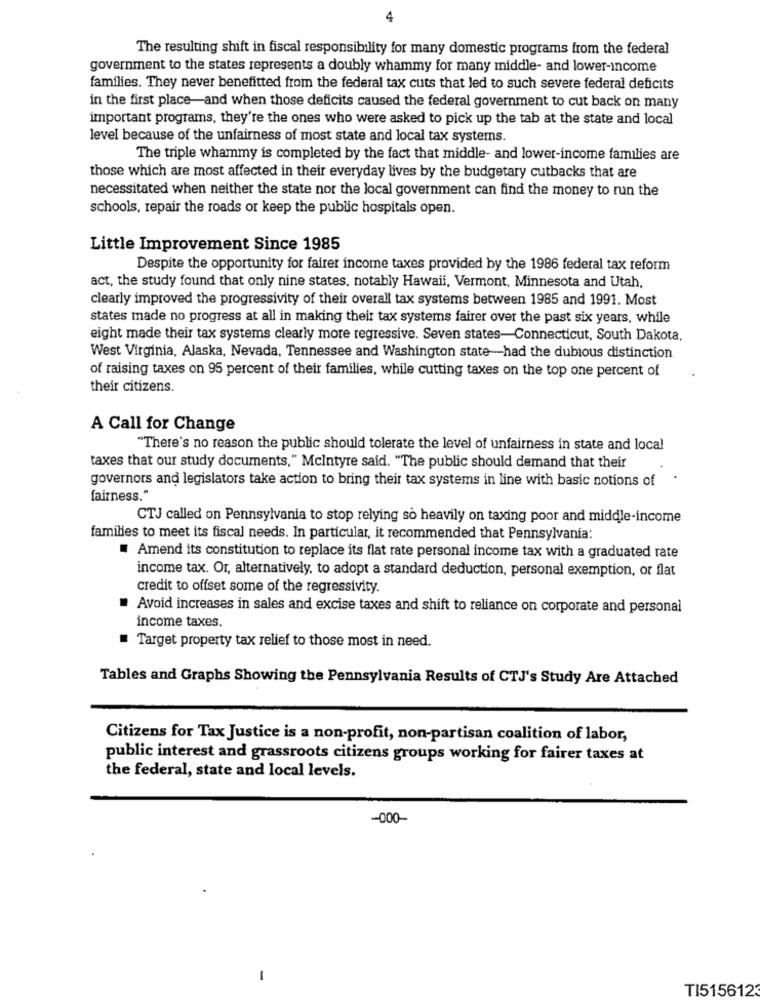
4
The resulting shift in fiscal responsibility for many domestic programs from the federal
government to the states represents a doubly whammy for many middle- and lower-income
families. They never benefitted from the federal tax cuts that led to such severe federal deficits
in the first place-and when those deficits caused the federal government to cut back on many
important programs, they're the ones who were asked to pick up the tab at the state and local
level because of the unfairness of most state and local tax systems.
The triple whammy is completed by the fact that middle- and lower-income families are
those which are most affected in their everyday lives by the budgetary cutbacks that are
necessitated when neither the state nor the local government can find the money to run the
schools, repair the roads or keep the public hospitals open.
Little Improvement Since 1985
Despite the opportunity for fairer income taxes provided by the 1986 federal tax reform
act, the study found that only nine states, notably Hawaii, Vermont, Minnesota and Utah,
clearly improved the progressivity of their overall tax systems between 1985 and 1991. Most
states made no progress at all in making their tax systems fairer over the past six years, while
eight made their tax systems clearly more regressive. Seven states-Connecticut, South Dakota,
West Virginia, Alaska, Nevada, Tennessee and Washington state-had the dubious distinction
of raising taxes on 95 percent of their families, while cutting taxes on the top one percent of
their citizens.
A Call for Change
"There's no reason the public should tolerate the level of unfairness in state and local
taxes that our study documents," Mcintyre said. "The public should demand that their
governors and legislators take action to bring their tax systems in line with basic notions of
fairness."
CTJ called on Pennsylvania to stop relying so heavily on taxing poor and middle-income
families to meet its fiscal needs. In particular, it recommended that Pennsylvania:
# Amend its constitution to replace its flat rate personal income tax with a graduated rate
income tax. Or, alternatively, to adopt a standard deduction, personal exemption, or flat
credit to offset some of the regressivity.
Avoid increases in sales and excise taxes and shift to reliance on corporate and personal
income taxes.
Target property tax relief to those most in need.
Tables and Graphs Showing the Pennsylvania Results of CTJ's Study Are Attached
Citizens for Tax Justice is a non-profit, non-partisan coalition of labor,
public interest and grassroots citizens groups working for fairer taxes at
the federal, state and local levels.
-000
TI5156123